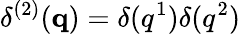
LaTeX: \delta^{(2)}(\mathbf{q})=\delta(q^{1})\delta(q^{2})